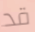
قد